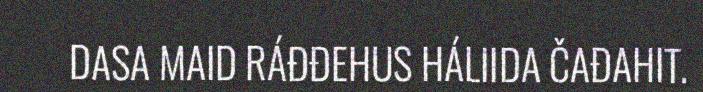
DASA MAID RÁĐĐEHUS HÁLIIDA ČAĐAHIT.